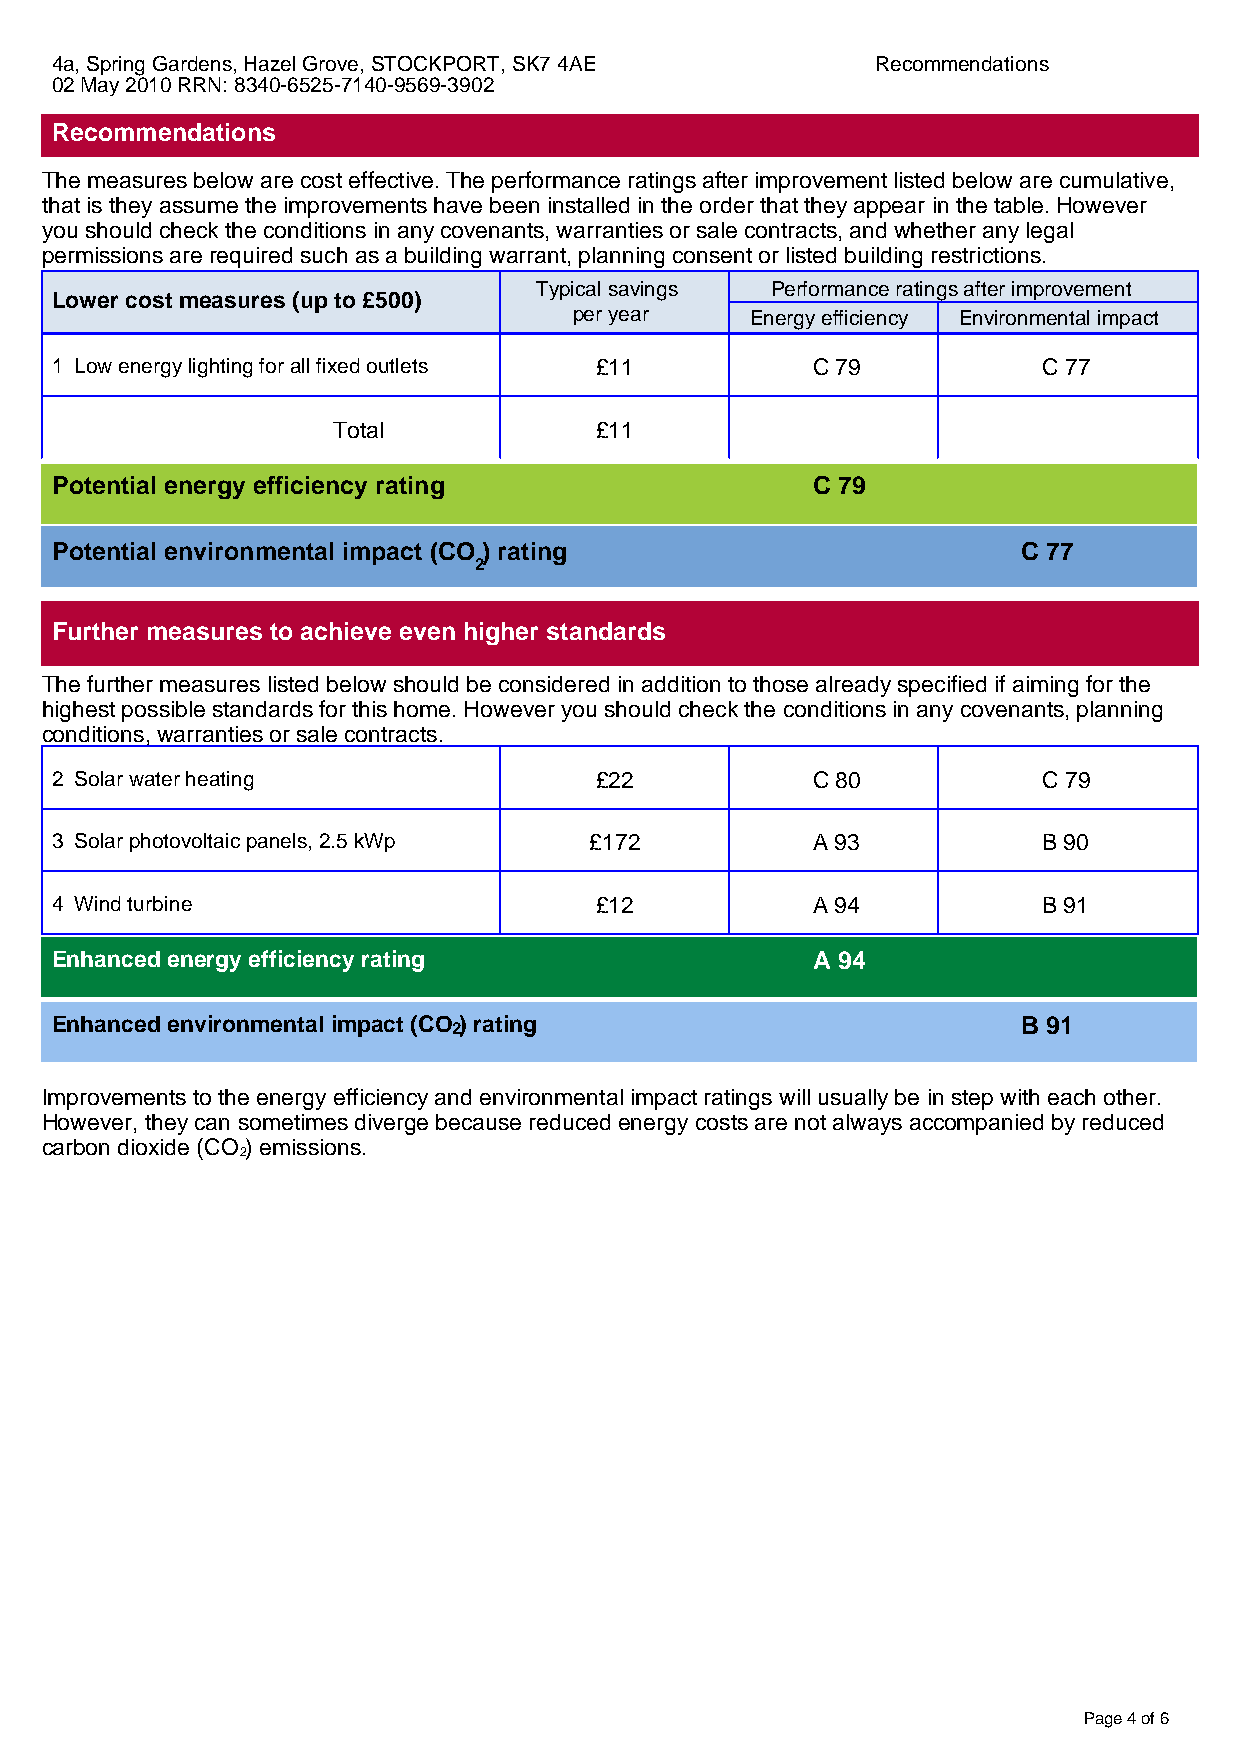
4a, Spring Gardens, Hazel Grove, STOCKPORT, SK7 4AE    Recommendations
 02 May 2010 RRN: 8340-6525-7140-9569-3902
 Recommendations
 The measures below are cost effective. The performance ratings after improvement listed below are cumulative,
 that is they assume the improvements have been installed in the order that they appear in the table. However
 you should check the conditions in any covenants, warranties or sale contracts, and whether any legal
 permissions are required such as a building warrant, planning consent or listed building restrictions.
 Typical savings Performance ratings after improvement
 Lower cost measures (up to £500)
 per year    Energy efficiency Environmental impact
 1 Low energy lighting for all fixed outlets £11    C 79           C 77
 Total            £11
 Potential energy efficiency rating                 C 79
 Potential environmental impact (CO ) rating                      C 77
 2
 Further measures to achieve even higher standards
 The further measures listed below should be considered in addition to those already specified if aiming for the
 highest possible standards for this home. However you should check the conditions in any covenants, planning
 conditions, warranties or sale contracts.
 2 Solar water heating               £22            C 80           C 79
 3 Solar photovoltaic panels, 2.5 kWp £172          A 93           B 90
 4 Wind turbine                      £12            A 94           B 91
 Enhanced energy efficiency rating                  A 94
 Enhanced environmental impact (CO ) rating                       B 91
 2
 Improvements to the energy efficiency and environmental impact ratings will usually be in step with each other.
 However, they can sometimes diverge because reduced energy costs are not always accompanied by reduced
 carbon dioxide (CO ) emissions.
 2
 Page 4 of 6